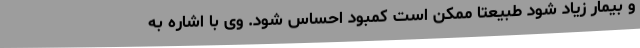
و بیمار زیاد شود طبیعتاً ممکن است کمبود احساس شود. وی با اشاره به